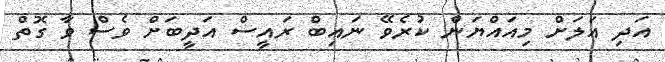
އަދި އަލަށް މިއައްޔަން ކުރެވޭ ނައިބް ރައީސް އަދީބަށް ވެސް ވާ ގޮތް